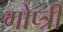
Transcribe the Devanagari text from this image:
गोप्त्री